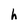
Character: h